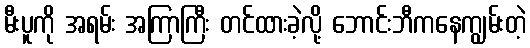
မီးပူကို အရမ်း အကြာကြီး တင်ထားခဲ့လို့ ဘောင်းဘီကနေကျွမ်းတဲ့